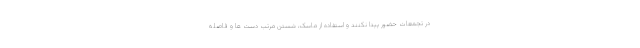
در تجمعات حضور پیدا نکنند و استفاده از ماسک، شستن مرتب دست ها و فاصله